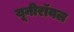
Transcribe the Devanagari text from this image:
यूनीरॉयल